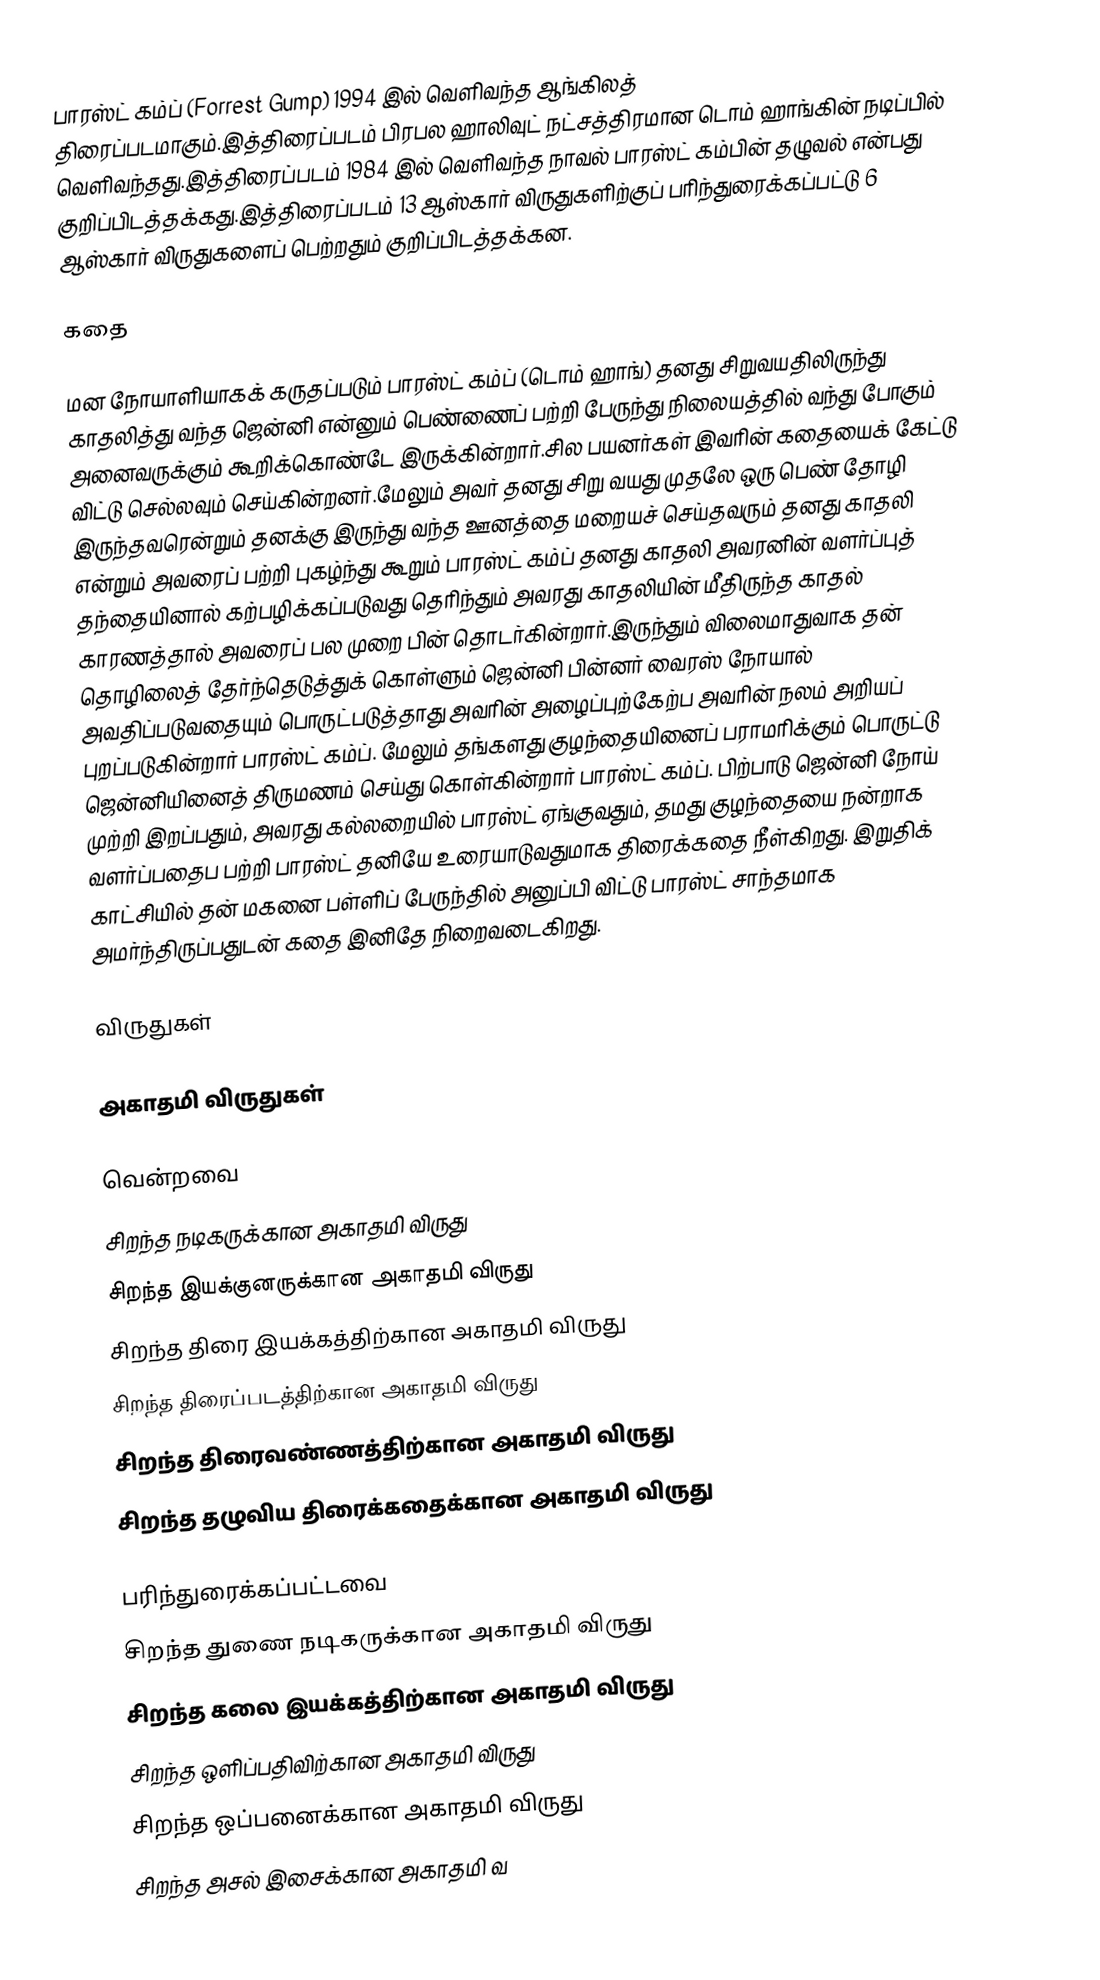
பாரஸ்ட் கம்ப் (Forrest Gump) 1994 இல் வெளிவந்த ஆங்கிலத் திரைப்படமாகும்.இத்திரைப்படம் பிரபல ஹாலிவுட் நட்சத்திரமான டொம் ஹாங்கின் நடிப்பில் வெளிவந்தது.இத்திரைப்படம் 1984 இல் வெளிவந்த நாவல் பாரஸ்ட் கம்பின் தழுவல் என்பது குறிப்பிடத்தக்கது.இத்திரைப்படம் 13 ஆஸ்கார் விருதுகளிற்குப் பரிந்துரைக்கப்பட்டு 6 ஆஸ்கார் விருதுகளைப் பெற்றதும் குறிப்பிடத்தக்கன.

கதை

மன நோயாளியாகக் கருதப்படும் பாரஸ்ட் கம்ப் (டொம் ஹாங்) தனது சிறுவயதிலிருந்து காதலித்து வந்த ஜென்னி என்னும் பெண்ணைப் பற்றி பேருந்து நிலையத்தில் வந்து போகும் அனைவருக்கும் கூறிக்கொண்டே இருக்கின்றார்.சில பயனர்கள் இவரின் கதையைக் கேட்டு விட்டு செல்லவும் செய்கின்றனர்.மேலும் அவர் தனது சிறு வயது முதலே ஒரு பெண் தோழி இருந்தவரென்றும் தனக்கு இருந்து வந்த ஊனத்தை மறையச் செய்தவரும் தனது காதலி என்றும் அவரைப் பற்றி புகழ்ந்து கூறும் பாரஸ்ட் கம்ப் தனது காதலி அவரனின் வளர்ப்புத் தந்தையினால் கற்பழிக்கப்படுவது தெரிந்தும் அவரது காதலியின் மீதிருந்த காதல் காரணத்தால் அவரைப் பல முறை பின் தொடர்கின்றார்.இருந்தும் விலைமாதுவாக தன் தொழிலைத் தேர்ந்தெடுத்துக் கொள்ளும் ஜென்னி பின்னர் வைரஸ் நோயால் அவதிப்படுவதையும் பொருட்படுத்தாது அவரின் அழைப்புற்கேற்ப அவரின் நலம் அறியப் புறப்படுகின்றார் பாரஸ்ட் கம்ப். மேலும் தங்களது குழந்தையினைப் பராமரிக்கும் பொருட்டு ஜென்னியினைத் திருமணம் செய்து கொள்கின்றார் பாரஸ்ட் கம்ப். பிற்பாடு ஜென்னி நோய் முற்றி இறப்பதும், அவரது கல்லறையில் பாரஸ்ட் ஏங்குவதும், தமது குழந்தையை நன்றாக வளர்ப்பதைப பற்றி பாரஸ்ட் தனியே உரையாடுவதுமாக திரைக்கதை நீள்கிறது. இறுதிக் காட்சியில் தன் மகனை பள்ளிப் பேருந்தில் அனுப்பி விட்டு பாரஸ்ட் சாந்தமாக அமர்ந்திருப்பதுடன் கதை இனிதே நிறைவடைகிறது.

விருதுகள்

அகாதமி விருதுகள்

வென்றவை
 சிறந்த நடிகருக்கான அகாதமி விருது
 சிறந்த இயக்குனருக்கான அகாதமி விருது
 சிறந்த திரை இயக்கத்திற்கான அகாதமி விருது
 சிறந்த திரைப்படத்திற்கான அகாதமி விருது
 சிறந்த திரைவண்ணத்திற்கான அகாதமி விருது
 சிறந்த தழுவிய திரைக்கதைக்கான அகாதமி விருது

பரிந்துரைக்கப்பட்டவை
 சிறந்த துணை நடிகருக்கான அகாதமி விருது
 சிறந்த கலை இயக்கத்திற்கான அகாதமி விருது
 சிறந்த ஒளிப்பதிவிற்கான அகாதமி விருது
 சிறந்த ஒப்பனைக்கான அகாதமி விருது
 சிறந்த அசல் இசைக்கான அகாதமி வ